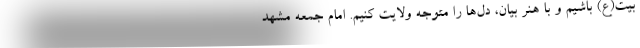
بیت(ع) باشیم و با هنر بیان، دل‌ها را متوجه ولایت کنیم. امام جمعه مشهد